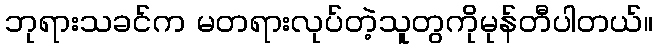
ဘုရားသခင်က မတရားလုပ်တဲ့သူတွကိုမုန်တီပါတယ်။